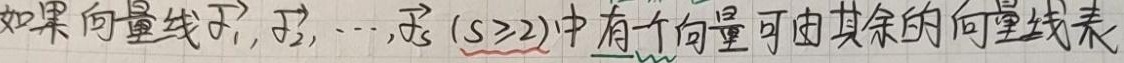
如果向量组$\vec{\alpha_1},\vec{\alpha_2},\cdots,\vec{\alpha_s}(s\geq2)$中有一个向量可由其余的向量组表出